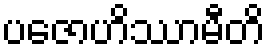
ပဇောဟိဿာမီတိ